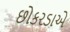
છોકરડાએ